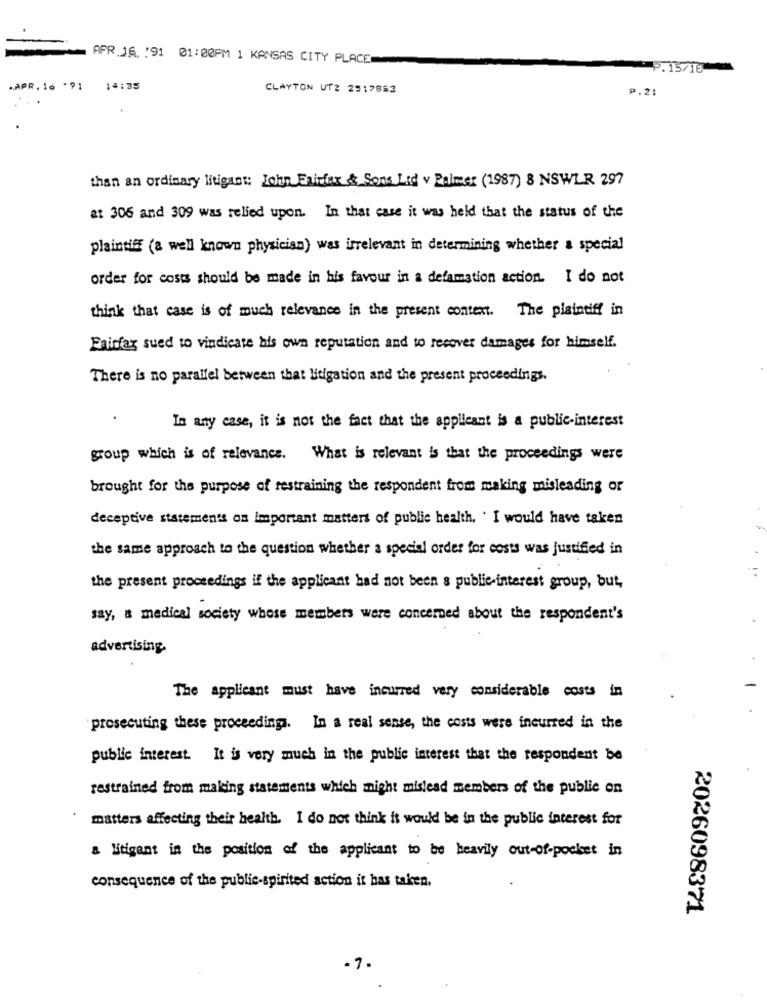
APR 16 :91 01:00PM 1 KANSAS CITY PLACE
P.15/16
-
.APR. 16 .91
14:35
CLAYTON UT2 2517883
P.21
than an ordinary litigant: John Enifax & Sons Lid v Palmer (1987) 8 NSWLR 297
at 306 and 309 was relied upon. In that case it was held that the status of the
plaintiff (a well known physician) was irrelevant in determining whether a special
order for costs should be made in his favour in a defamation action. I do not
think that case is of much relevance in the present context. The plaintiff in
Fairfax sued to vindicate his own reputation and to recover damages for himself.
There is no parallel between that litigation and the present proceedings.
In any case, it is not the fact that the applicant is a public-interest
group which is of relevance. What is relevant is that the proceedings were
brought for the purpose of restraining the respondent from making misleading or
deceptive statements os important matters of public health. . I would have taken
the same approach to the question whether a special order for costs was justified in
the present proceedings if the applicant had not been & public-interest group, but,
say, a medical society whose members were concerned about the respondent's
advertising.
The applicant must have incurred very considerable costs in
prosecuting these proceedings. In a real sense, the costs were incurred in the
public interest. It is very much in the public interest that the respondent be
restrained from making statements which might mislead members of the public on
matters affecting their health. I do not think it would be in the public interest for
a litigant in the position of the applicant to be heavily out-of-pocket in
consequence of the public-spirited action it has taken.
2026098371
-7.